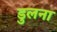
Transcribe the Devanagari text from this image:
डुलना